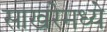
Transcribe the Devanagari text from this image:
साखरेमध्ये